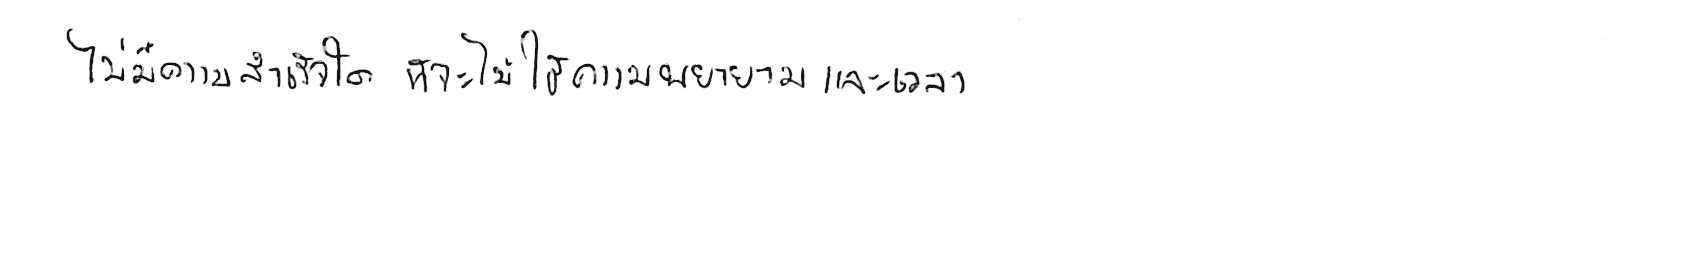
ไม่มีความสำเร็จใด ที่จะไม่ใช้ความพยายามและเวลา